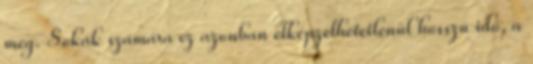
meg. Sokak számára ez azonban elképzelhetetlenül hosszú idő, a